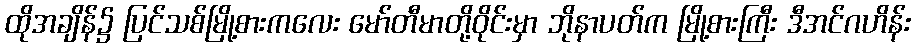
ထိုအချိန်၌ ပြင်သစ်မြို့စားကလေး မော်တီမာတို့ဝိုင်းမှာ ဘိုနာပတ်က မြို့စားကြီး ဒီအင်ဂဟိန်း